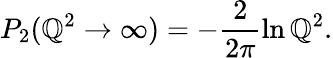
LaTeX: P_{2}(\mathbb{Q}^{2}\rightarrow\infty)=-\frac{{2}}{{2\pi}}\ln\mathbb{Q}^{2}.